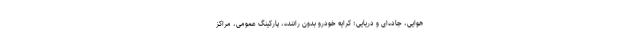
هوایی، جاده‌ای و دریایی؛ کرایه خودرو بدون راننده، پارکینگ عمومی، مراکز